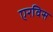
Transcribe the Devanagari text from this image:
एरविस